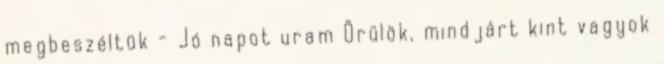
megbeszéltük - Jó napot uram Örülök, mindjárt kint vagyok